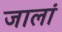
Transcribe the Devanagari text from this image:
जालां